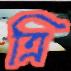
ত্রি